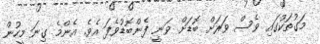
މަގުތަކުގައި ވެސް ވަރަށް ބޮޑަށް ވަނީ ފެންބޮޑުވެފަ އެވެ. އެންމެ ގިނަ މީހުން